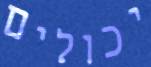
יכולים